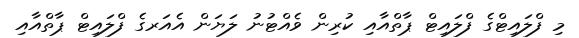
މި ފްލައިޓްގެ ފްލައިޓް ޕާތްއާއި ކުރިން ވެއްޓުނު ލަޔަން އެއަރގެ ފްލައިޓް ޕާތްއާއި